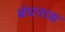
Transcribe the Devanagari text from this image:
बंधनास